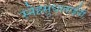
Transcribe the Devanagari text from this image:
स्नेहसुधाताईंनी